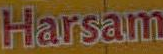
Harsam